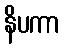
နိပကာ